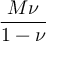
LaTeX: \frac { M \nu } { 1 - \nu }